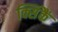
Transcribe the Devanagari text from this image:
क्सिंकैं